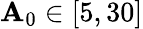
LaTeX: \mathbf{A}_{0}\in[5,30]